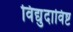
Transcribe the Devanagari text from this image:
विद्युदाविष्ट